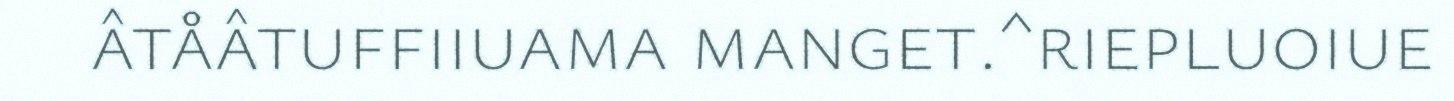
âtåâtuffiiuama manget.^riepluoiue